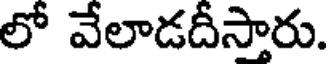
లో వేలాడదీసారు.